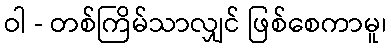
ဝါ - တစ်ကြိမ်သာလျှင် ဖြစ်စေကာမူ၊